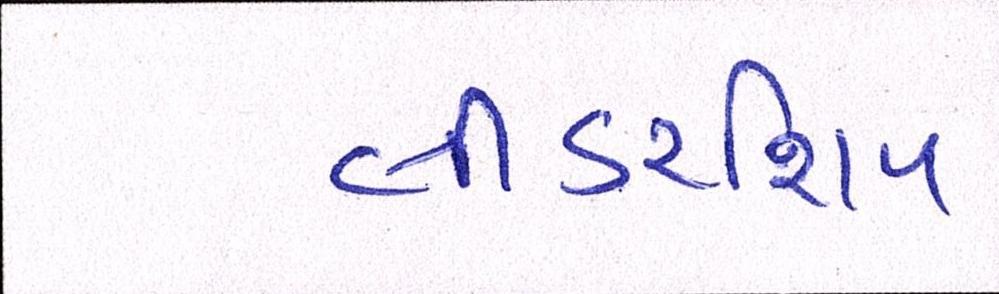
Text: લીડરશિપ